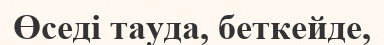
Өседі тауда, беткейде,